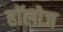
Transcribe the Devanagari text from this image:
हाॅलोज